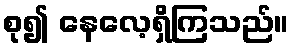
စု၍ နေလေ့ရှိကြသည်။